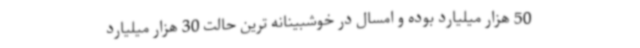
50 هزار میلیارد بوده و امسال در خوشبینانه ترین حالت 30 هزار میلیارد